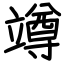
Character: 竴